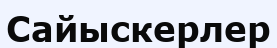
Сайыскерлер